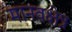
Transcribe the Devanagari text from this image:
मानवक्षेत्र